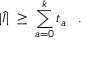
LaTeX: | \hat { I } | \; \geq \; \sum _ { a = 0 } ^ { k } t _ { a } \; \; \; .